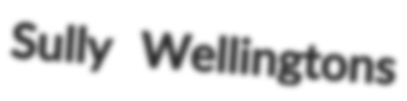
Sully Wellingtons